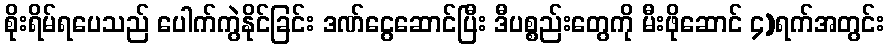
စိုးရိမ်ရပေသည် ပေါက်ကွဲနိုင်ခြင်း ဒဏ်ငွေဆောင်ပြီး ဒီပစ္စည်းတွေကို မီးဖိုဆောင် ၄)ရက်အတွင်း